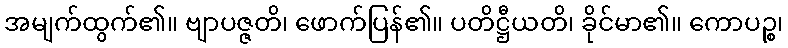
အမျက်ထွက်၏။ ဗျာပဇ္ဇတိ၊ ဖောက်ပြန်၏။ ပတိဋ္ဌီယတိ၊ ခိုင်မာ၏။ ကောပဉ္စ၊